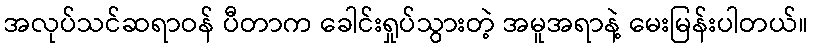
အလုပ်သင်ဆရာဝန် ပီတာက ခေါင်းရှုပ်သွားတဲ့ အမူအရာနဲ့ မေးမြန်းပါတယ်။